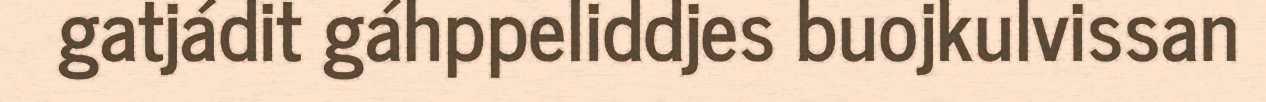
gatjádit gáhppeliddjes buojkulvissan